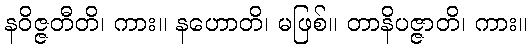
နဝိဇ္ဇတီတိ၊ ကား။ နဟောတိ၊ မဖြစ်။ တာနိပဇ္ဇာတိ၊ ကား။